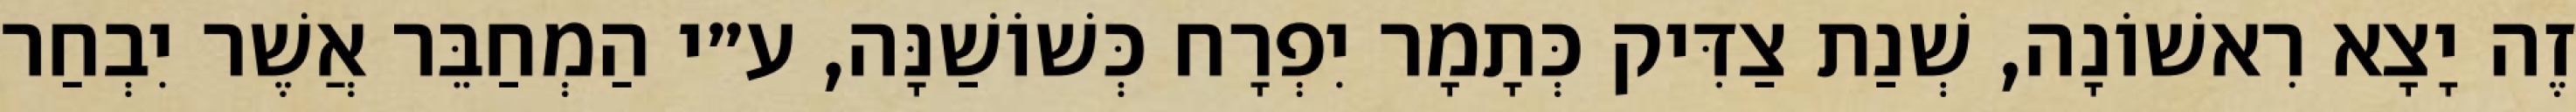
זֶה יָצָא רִאשׁוֹנָה, שְׁנַת צַדִּיק כְּתָמָר יִפְרָח כְּשׁוֹשַׁנָּה, ע״י הַמְחַבֵּר אֲשֶׁר יִבְחַר